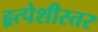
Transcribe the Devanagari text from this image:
हृत्पेशीस्तर